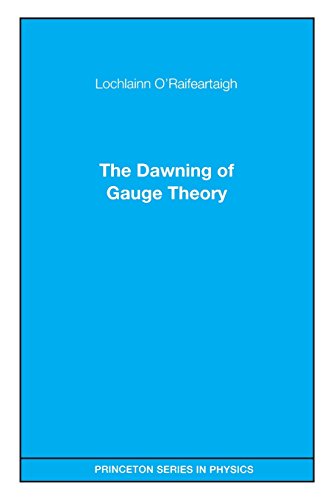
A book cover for The Dawning of Gauge Theory; Lochlainn O'Raifeartaigh; Science & Math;